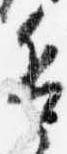
兵